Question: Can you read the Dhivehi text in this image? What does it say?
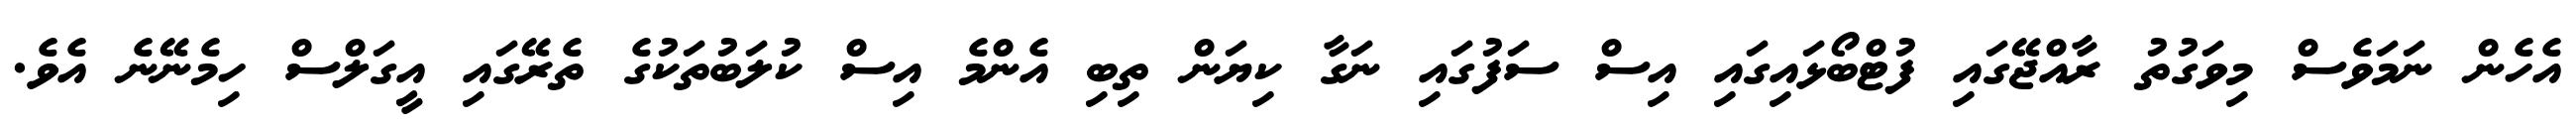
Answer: އެހެން ނަމަވެސް މިވަގުތު ރާއްޖޭގައި ފުޓްބޯޅައިގައި އިސް ސަފުގައި ނަގާ ކިޔަން ތިބި އެންމެ އިސް ކުލަބުތަކުގެ ތެރޭގައި އީގަލްސް ހިމެނޭނެ އެވެ.